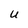
Character: U